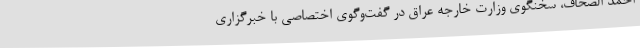
احمد الصحاف، سخنگوی وزارت خارجه عراق در گفت‌وگوی اختصاصی با خبرگزاری